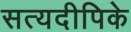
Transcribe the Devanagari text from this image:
सत्यदीपिके